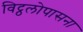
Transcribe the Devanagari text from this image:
विट्ठलोपासना